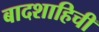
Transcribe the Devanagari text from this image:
बादशाहिची